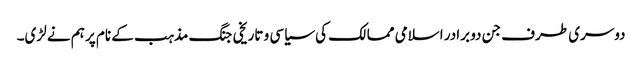
دوسری طرف جن دو برادر اسلامی ممالک کی سیاسی و تاریخی جنگ مذہب کے نام پر ہم نے لڑی۔